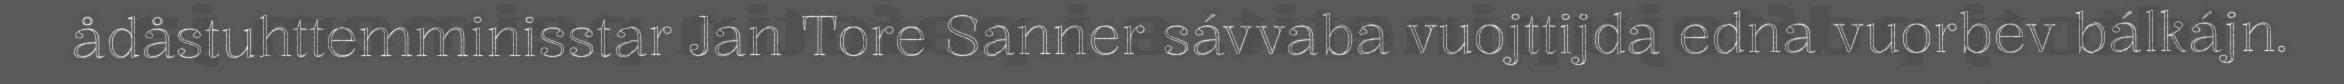
ådåstuhttemminisstar Jan Tore Sanner sávvaba vuojttijda edna vuorbev bálkájn.